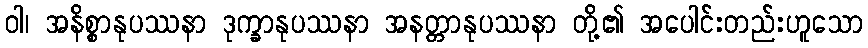
ဝါ၊ အနိစ္စာနုပဿနာ ဒုက္ခာနုပဿနာ အနတ္တာနုပဿနာ တို့၏ အပေါင်းတည်းဟူသော